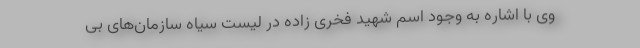
وی با اشاره به وجود اسم شهید فخری زاده در لیست سیاه سازمان‌های بی